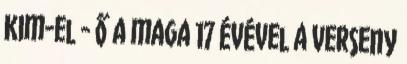
Kim-el - ő a maga 17 évével a verseny